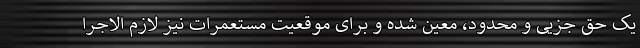
یک حق جزیی و محدود، معین شده و برای موقعیت مستعمرات نیز لازم الاجرا